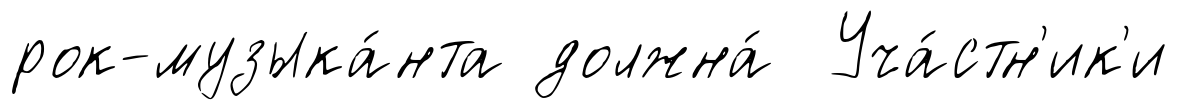
рок-музыка́нта должна́ Уча́стн'ик'и